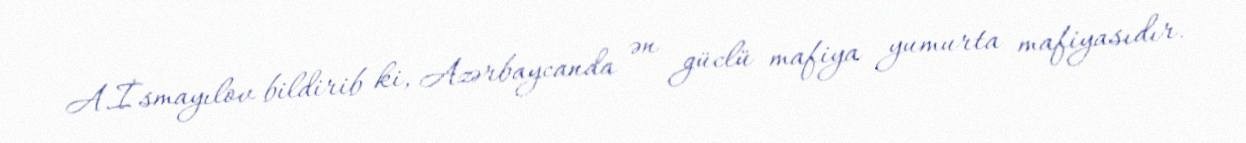
A.İsmayılov bildirib ki, Azərbaycanda ən güclü mafiya yumurta mafiyasıdır.